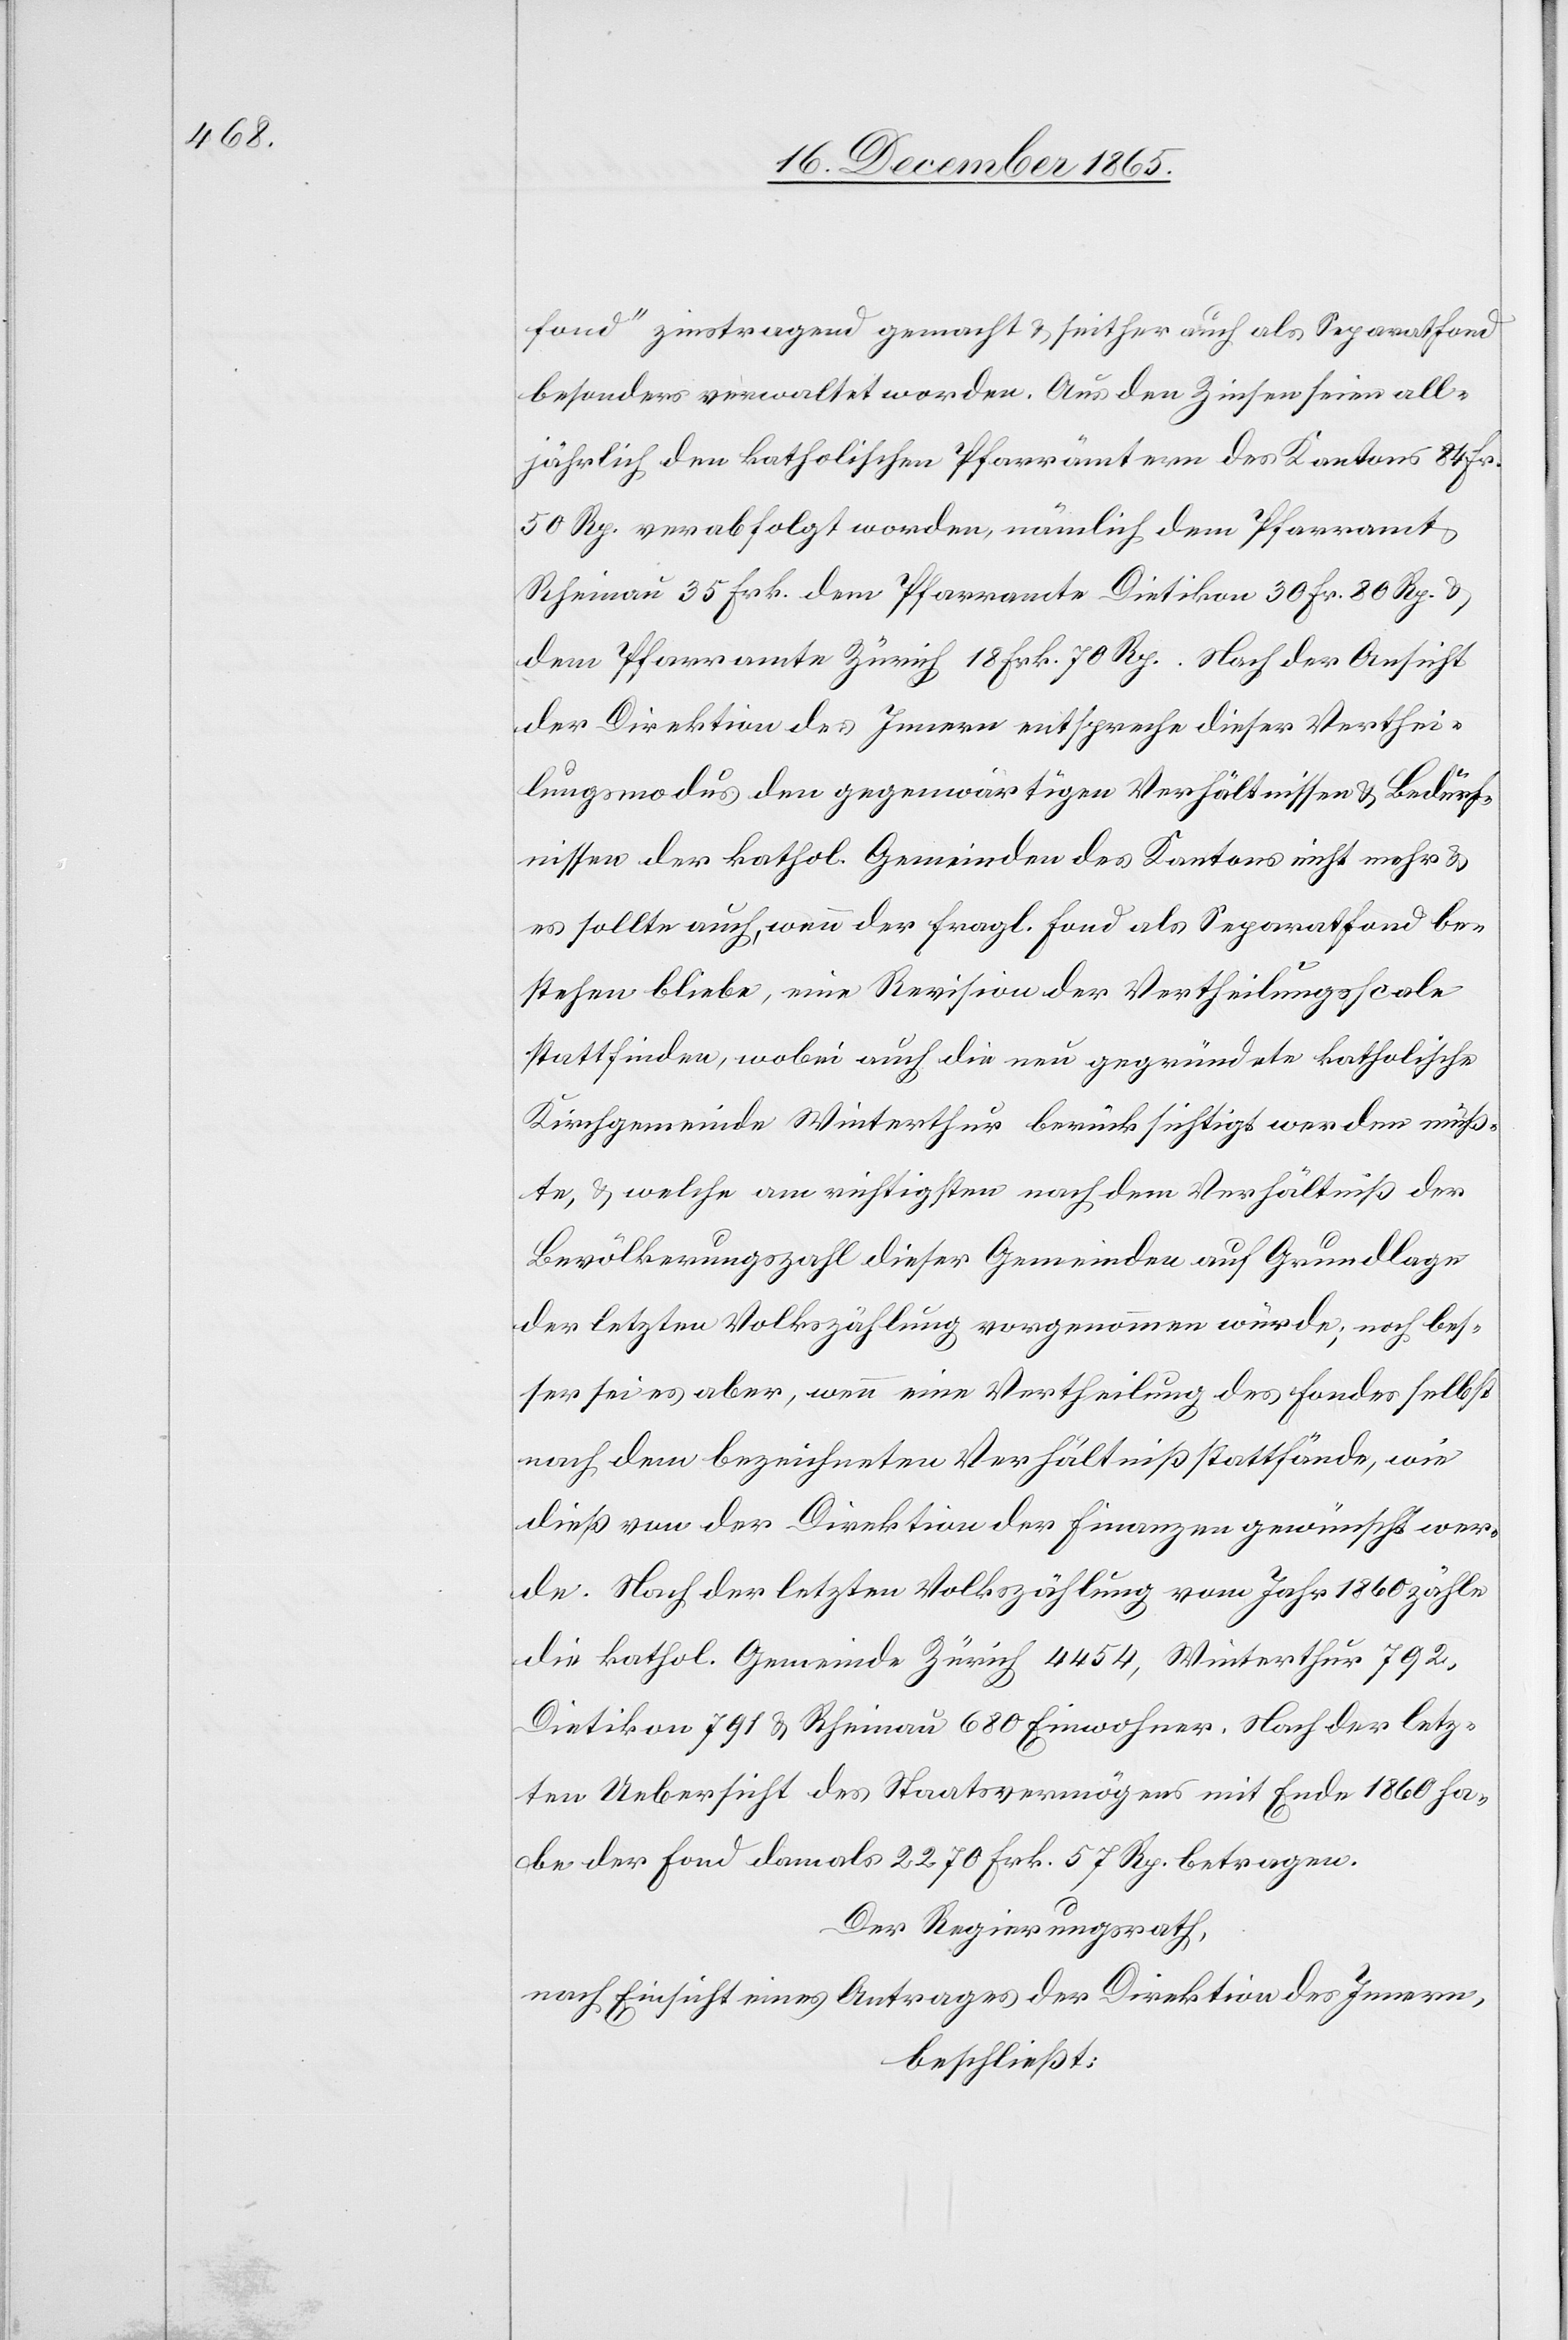
fond“ zinstragend gemacht & seither auch als Separatfond
besonders verwaltet worden. Aus den Zinsen seien all¬
jährlich den katholischen Pfarrämtern des Kantons 84 Fr.
50 Rp. verabfolgt worden, nämlich dem Pfarramte
Rheinau 35 Frk. dem Pfarramte Dietikon 30 Fr. 80 Rp. &
dem Pfarramt Zürich 18. Frk. 70 Rp. Nach der Ansicht
der Direktion des Innern entspreche dieser Verthei¬
lungsmodus den gegenwärtigen Verhältnissen & Bedürf¬
nissen der kathol. Gemeinden des Kantons nicht mehr &
es sollte auch, wenn der fragl. Fond als Separatfond be¬
stehen bleibe, eine Revision der Vertheilungsscale
stattfinden, wobei auch die neu gegründete katholische
Kirchgemeinde Winterthur berücksichtigt werden müß¬
te, & welche am richtigsten nach dem Verhältniß der
Bevölkerungszahl dieser Gemeinden auf Grundlage
der letzten Volkszählung vorgenommen würde; noch bes¬
ser sei es aber, wenn eine Vertheilung des Fondes selbst
nach dem bezeichneten Verhältniß stattfände, wie
dieß von der Direktion der Finanzen gewünscht wer¬
de. Nach der letzten Volkszählung vom Jahr 1860 zähle
die kathol. Gemeinde Zürich 4454, Winterthur 792,
Dietikon 791 & Rheinau 680 Einwohner. Nach der letz¬
ten Uebersicht des Staatsvermögens mit Ende 1860 ha¬
be der Fond damals 2270 Frk. 57 Rp. betragen.
Der Regierungsrath,
nach Einsicht eines Antrages der Direktion des Innern,
beschließt: